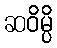
ဆဝိမ္ပိ